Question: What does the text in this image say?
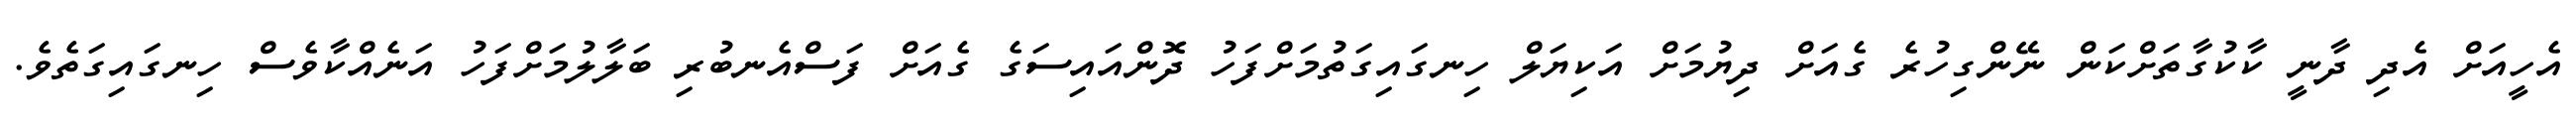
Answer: އެހީއަށް އެދި ދާނީ ކާކުގާތަށްކަން ނޭންގިހުރެ ގެއަށް ދިޔުމަށް އަކިޔަލް ހިނގައިގަތުމަށްފަހު ދޮންއައިސަގެ ގެއަށް ފަސްއެނބުރި ބަލާލުމަށްފަހު އަނެއްކާވެސް ހިނގައިގަތެވެ.